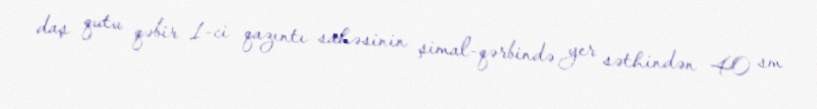
daş qutu qəbir 1-ci qazıntı sahəsinin şimal-qərbində yer səthindən 40 sm